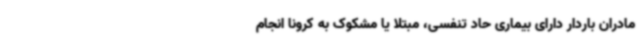
مادران باردار دارای بیماری حاد تنفسی، مبتلا یا مشکوک به کرونا انجام